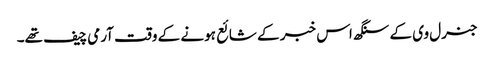
جنرل وی کے سنگھ اس خبر کے شائع ہونے کے وقت آرمی چیف تھے۔